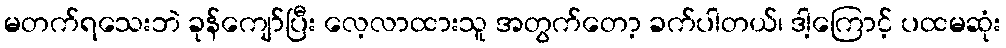
မတက်ရသေးဘဲ ခုန်ကျော်ပြီး လေ့လာထားသူ အတွက်တော့ ခက်ပါတယ်၊ ဒါ့ကြောင့် ပထမဆုံး